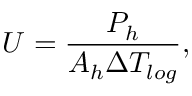
U = \frac { P _ { h } } { A _ { h } \Delta T _ { l o g } } ,